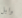
وابل